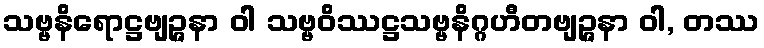
သဗ္ဗနိရောဋ္ဌဗျဉ္ဇနာ ဝါ သဗ္ဗဝိဿဋ္ဌသဗ္ဗနိဂ္ဂဟီတဗျဉ္ဇနာ ဝါ, တဿ